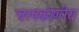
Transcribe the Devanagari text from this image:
चरमकोणीय